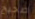
صحيح